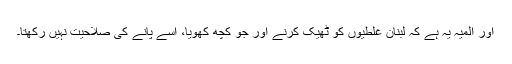
اور المیہ یہ ہے کہ لبنان غلطیوں کو ٹھیک کرنے اور جو کچھ کھویا، اُسے پانے کی صلاحیت نہیں رکھتا۔